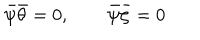
\bar { \psi } \bar { \theta } = 0 , \qquad \bar { \psi } \bar { \zeta } = 0